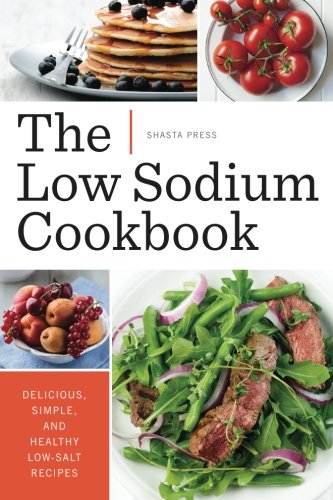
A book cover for Low Sodium Cookbook: Delicious, Simple, and Healthy Low-Salt Recipes; Shasta Press; Cookbooks, Food & Wine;